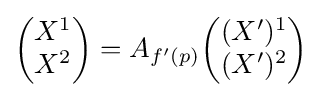
{\begin{pmatrix}X^{1}\\X^{2}\end{pmatrix}}=A_{f'(p)}{\begin{pmatrix}(X')^{1}\\(X')^{2}\end{pmatrix}}